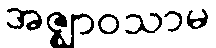
အဇ္ဈာဝသာမ